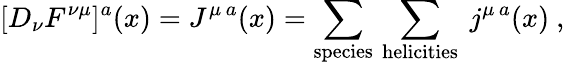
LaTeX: [D_{\nu}F^{\nu\mu}]^{a}(x)=J^{\mu\, a}(x)=\sum_{\mathrm{species}}\, \sum_{\mathrm{helicities}}\ j^{\mu\, a}(x)\ ,